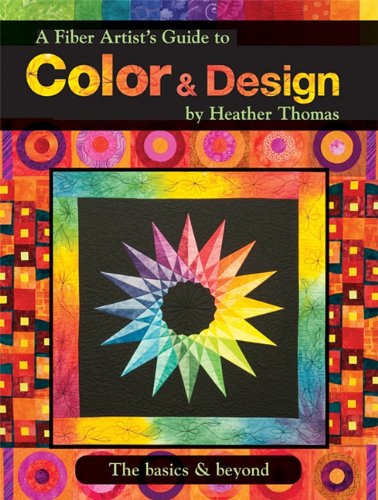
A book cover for A Fiber Artist's Guide to Color and Design the Basics and Beyond; Heather Thomas; Crafts, Hobbies & Home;